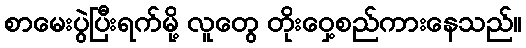
စာမေးပွဲပြီးရက်မို့ လူတွေ တိုးဝှေ့စည်ကားနေသည်။